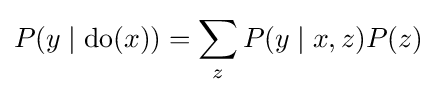
P(y\mid {\text{do}}(x))=\sum _{z}P(y\mid x,z)P(z)